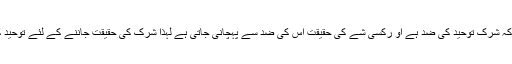
مزید اس کو اس طرح سمجھیں کہ شِرک توحید کی ضِدّ ہے او رکسی شے کی حقیقت اس کی ضِدّ سے پہچانی جاتی ہے لہٰذا شِرک کی حقیقت جاننے کے لئے توحید کا مفہوم سمجھنا ضروری ہے ۔